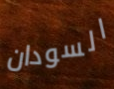
السودان